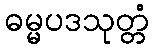
ဓမ္မပဒသုတ္တံ